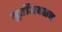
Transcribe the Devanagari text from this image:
मूर्तीजवळच